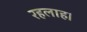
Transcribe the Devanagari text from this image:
रहलाह।